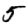
Digit: 5